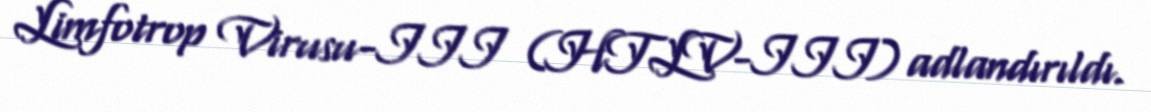
Limfotrop Virusu-III (HTLV-III) adlandırıldı.